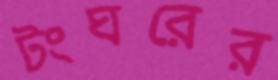
টংঘরের